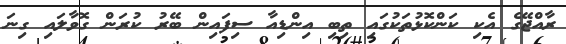
ރާއްޖޭގެ އެކި ކަންކޮޅުތަކުގައި ތިބި އިންޑިއާ ސިފައިން ބޭރު ކުރަން ގޮވާލައި ގިނަ